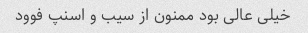
خیلی عالی بود ممنون از سیب و اسنپ فوود